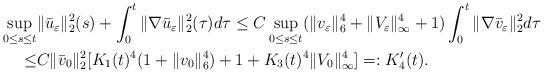
LaTeX: \begin{align*} \sup_{0\leq s\leq t}&\|\bar u_\varepsilon\|_2^2(s)+\int_0^t\|\nabla\bar u_\varepsilon\|_2^2(\tau)d\tau\leq C\sup_{0\leq s\leq t}(\|v_\varepsilon\|_6^4+\|V_\varepsilon\|_\infty^4+1)\int_0^t\|\nabla\bar v_\varepsilon\|_2^2d\tau\\ \leq&C\|\bar v_0\|_2^2[K_1(t)^4(1+\|v_0\|_6^4)+1+K_3(t)^4\|V_0\|_\infty^4]=:K_4'(t).\end{align*}